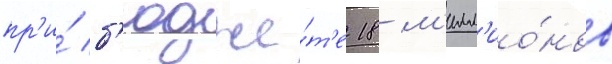
пр'и́ б'юдже́т'е 18 м'илл'ио́нов